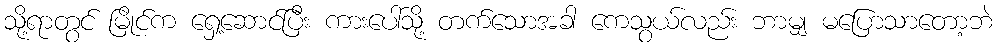
သို့ရာတွင် မြိုင်က ရှေ့ဆောင်ပြီး ကားပေါ်သို့ တက်သောအခါ ကေသွယ်လည်း ဘာမျှ မပြောသာတော့ဘဲ